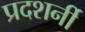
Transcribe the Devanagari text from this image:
प्रदशर्नी